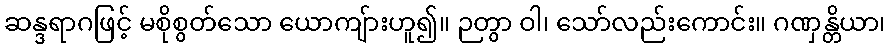
ဆန္ဒရာဂဖြင့် မစိုစွတ်သော ယောကျ်ားဟူ၍။ ဉတွာ ဝါ၊ သော်လည်းကောင်း။ ဂဏှန္တိယာ၊